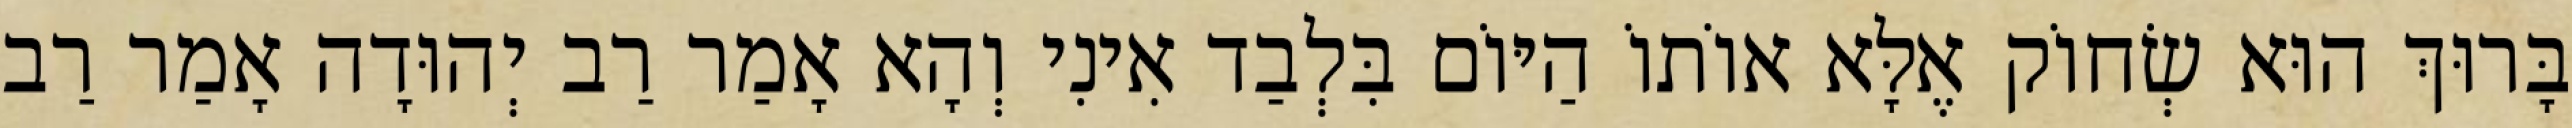
בָּרוּךְ הוּא שְׂחוֹק אֶלָּא אוֹתוֹ הַיּוֹם בִּלְבַד אִינִי וְהָא אָמַר רַב יְהוּדָה אָמַר רַב